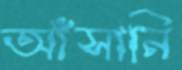
আঁসানি